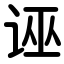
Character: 诬